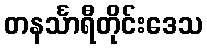
တနင်္သာရီတိုင်းဒေသ